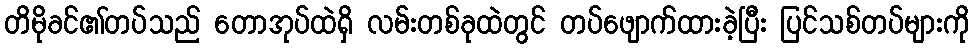
တိမိုခင်၏တပ်သည် တောအုပ်ထဲရှိ လမ်းတစ်ခုထဲတွင် တပ်ဖျောက်ထားခဲ့ပြီး ပြင်သစ်တပ်များကို